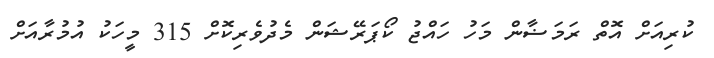
ކުރިއަށް އޮތް ރަމަޟާން މަހު ހައްޖު ކޯޕަރޭޝަން މެދުވެރިކޮށް 315 މީހަކު އުމުރާއަށް